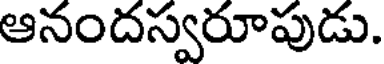
ఆనందస్వరూపుడు.